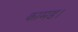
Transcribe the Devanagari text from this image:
कामड।